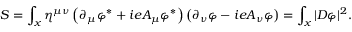
S = \int _ { x } \eta ^ { \mu \nu } \left( \partial _ { \mu } \varphi ^ { * } + i e A _ { \mu } \varphi ^ { * } \right) \left( \partial _ { \nu } \varphi - i e A _ { \nu } \varphi \right) = \int _ { x } | D \varphi | ^ { 2 } .